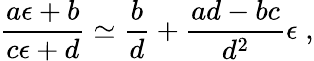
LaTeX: \frac{a\epsilon+b}{c\epsilon+d}\simeq\frac{b}{d}+\frac{ad-bc}{d^{2}}\epsilon\; ,